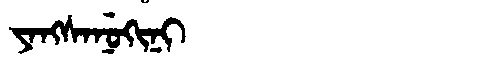
Manchu: ᠶᠠᠩᠰᠠᠨᡠᡴᡳᠨᡳ
Romanization: YANGSANUKINI